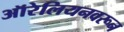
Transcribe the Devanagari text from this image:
ऑरेलियनवरून